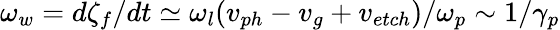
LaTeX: \omega_{w}=d\zeta_{f}/dt\simeq\omega_{l}(v_{ph}-v_{g}+v_{etch})/\omega_{p}\sim 1/\gamma_{p}